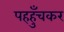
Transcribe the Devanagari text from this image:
पहहुँचकर